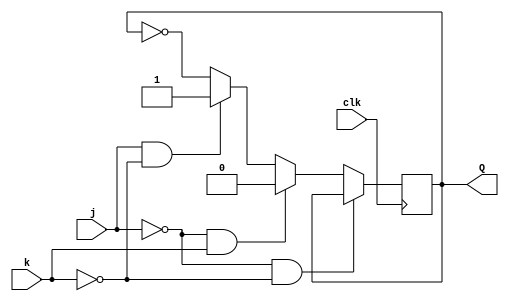
`timescale 1ns / 1ps
//////////////////////////////////////////////////////////////////////////////////
// Company: 
// Engineer: 
// 
// Design Name: 
// Module Name: JKFF
// Project Name: 
// Target Devices: 
// Tool Versions: 
// Description: 
// 
// Dependencies: 
// 
// Revision:
// Revision 0.01 - File Created
// Additional Comments:
// 
//////////////////////////////////////////////////////////////////////////////////


module JKFF(
    input clk,
    input j,
    input k,
    output reg Q
    );
    always @ (posedge clk) begin
    if(j==0 && k==0)
    Q<=Q;
    else if(j==0 && k==1)
    Q<=0;
    else if(j==1 && k==0)
    Q<=1;
    else
    Q<=~Q;
    end
endmodule